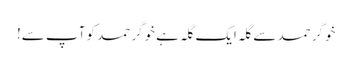
خوگر حمد سے گلہ ایک گلہ ہے خوگر حمد کو آپ سے!